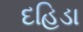
દહિડા